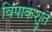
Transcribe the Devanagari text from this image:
विपाकश्रुत